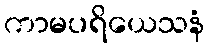
ကာမပရိယေသနံ